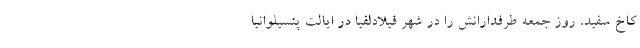
کاخ سفید، روز جمعه طرفدارانش را در شهر فیلادلفیا در ایالت پنسیلوانیا